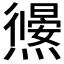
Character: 𭶜